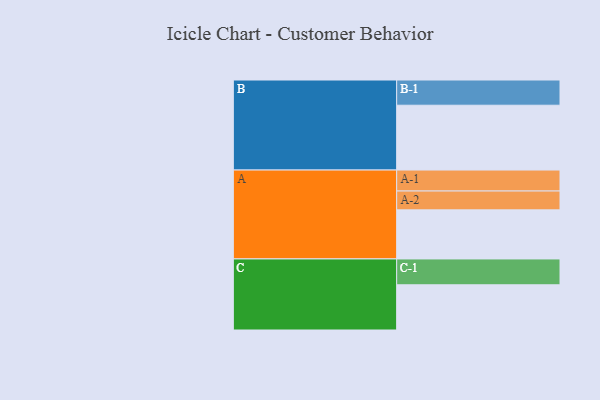
{"axis": {"x": "Segment", "y": "Value"}, "legend": ["", "A", "B", "C"], "data": [{"x": "A", "y": 393, "type": ""}, {"x": "B", "y": 519, "type": ""}, {"x": "C", "y": 362, "type": ""}, {"x": "A-1", "y": 168, "type": "A"}, {"x": "A-2", "y": 151, "type": "A"}, {"x": "B-1", "y": 202, "type": "B"}, {"x": "C-1", "y": 207, "type": "C"}]}